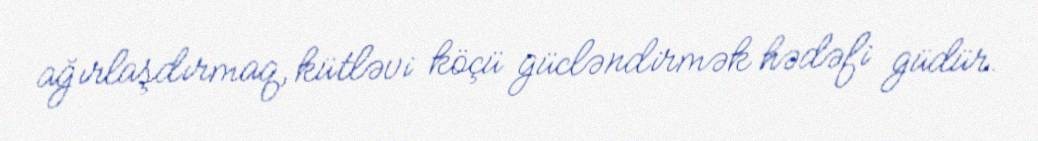
ağırlaşdırmaq, kütləvi köçü gücləndirmək hədəfi güdür.